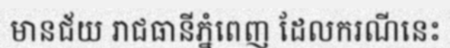
មានជ័យ រាជធានីភ្នំពេញ ដែលករណីនេះ